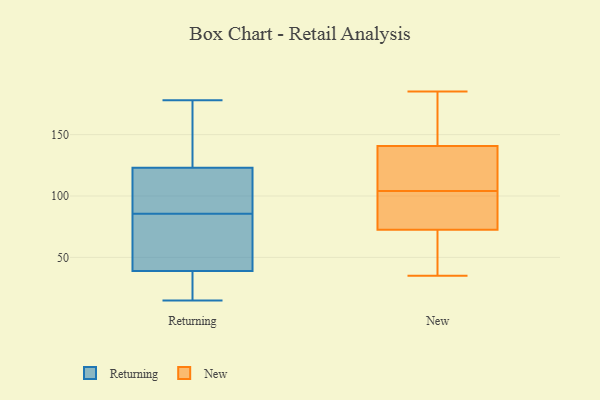
{"axis": {"x": "Net Income (USD K)", "y": "Value"}, "legend": ["New", "Returning"], "data": [{"x": "", "y": 93, "type": "Returning"}, {"x": "", "y": 81, "type": "Returning"}, {"x": "", "y": 15, "type": "Returning"}, {"x": "", "y": 90, "type": "Returning"}, {"x": "", "y": 169, "type": "Returning"}, {"x": "", "y": 66, "type": "Returning"}, {"x": "", "y": 24, "type": "Returning"}, {"x": "", "y": 39, "type": "Returning"}, {"x": "", "y": 123, "type": "Returning"}, {"x": "", "y": 178, "type": "Returning"}, {"x": "", "y": 53, "type": "New"}, {"x": "", "y": 97, "type": "New"}, {"x": "", "y": 137, "type": "New"}, {"x": "", "y": 185, "type": "New"}, {"x": "", "y": 35, "type": "New"}, {"x": "", "y": 170, "type": "New"}, {"x": "", "y": 104, "type": "New"}, {"x": "", "y": 111, "type": "New"}, {"x": "", "y": 122, "type": "New"}, {"x": "", "y": 183, "type": "New"}, {"x": "", "y": 72, "type": "New"}, {"x": "", "y": 86, "type": "New"}, {"x": "", "y": 142, "type": "New"}, {"x": "", "y": 74, "type": "New"}, {"x": "", "y": 72, "type": "New"}]}